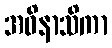
အဝိနာသိကာ